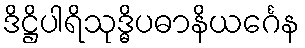
ဒိဋ္ဌိပါရိသုဒ္ဓိပဓာနိယင်္ဂေန